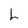
Character: L